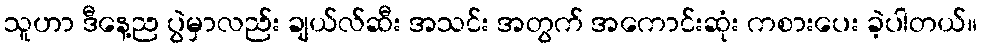
သူဟာ ဒီနေ့ည ပွဲမှာလည်း ချယ်လ်ဆီး အသင်း အတွက် အကောင်းဆုံး ကစားပေး ခဲ့ပါတယ်။